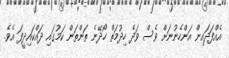
އެއްފަދައިން އަންހެނުނަށް ވެސް ވަދެ ހިދުމަތް ހޯދޭނެ ތަންތަން ކަމުގައި ދައްކައިދީފަ އެވެ.